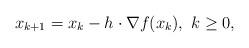
LaTeX: \begin{align*}x_{k+1}=x_k-h\cdot\nabla f(x_k), ~k\geq 0,\end{align*}